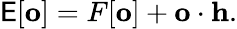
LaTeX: \mathsf{E}[\mathbf{{o}}]=F[\mathbf{{o}}]+\mathbf{{o}}\cdot\mathbf{{h}}.